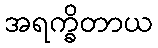
အရက္ခိတာယ